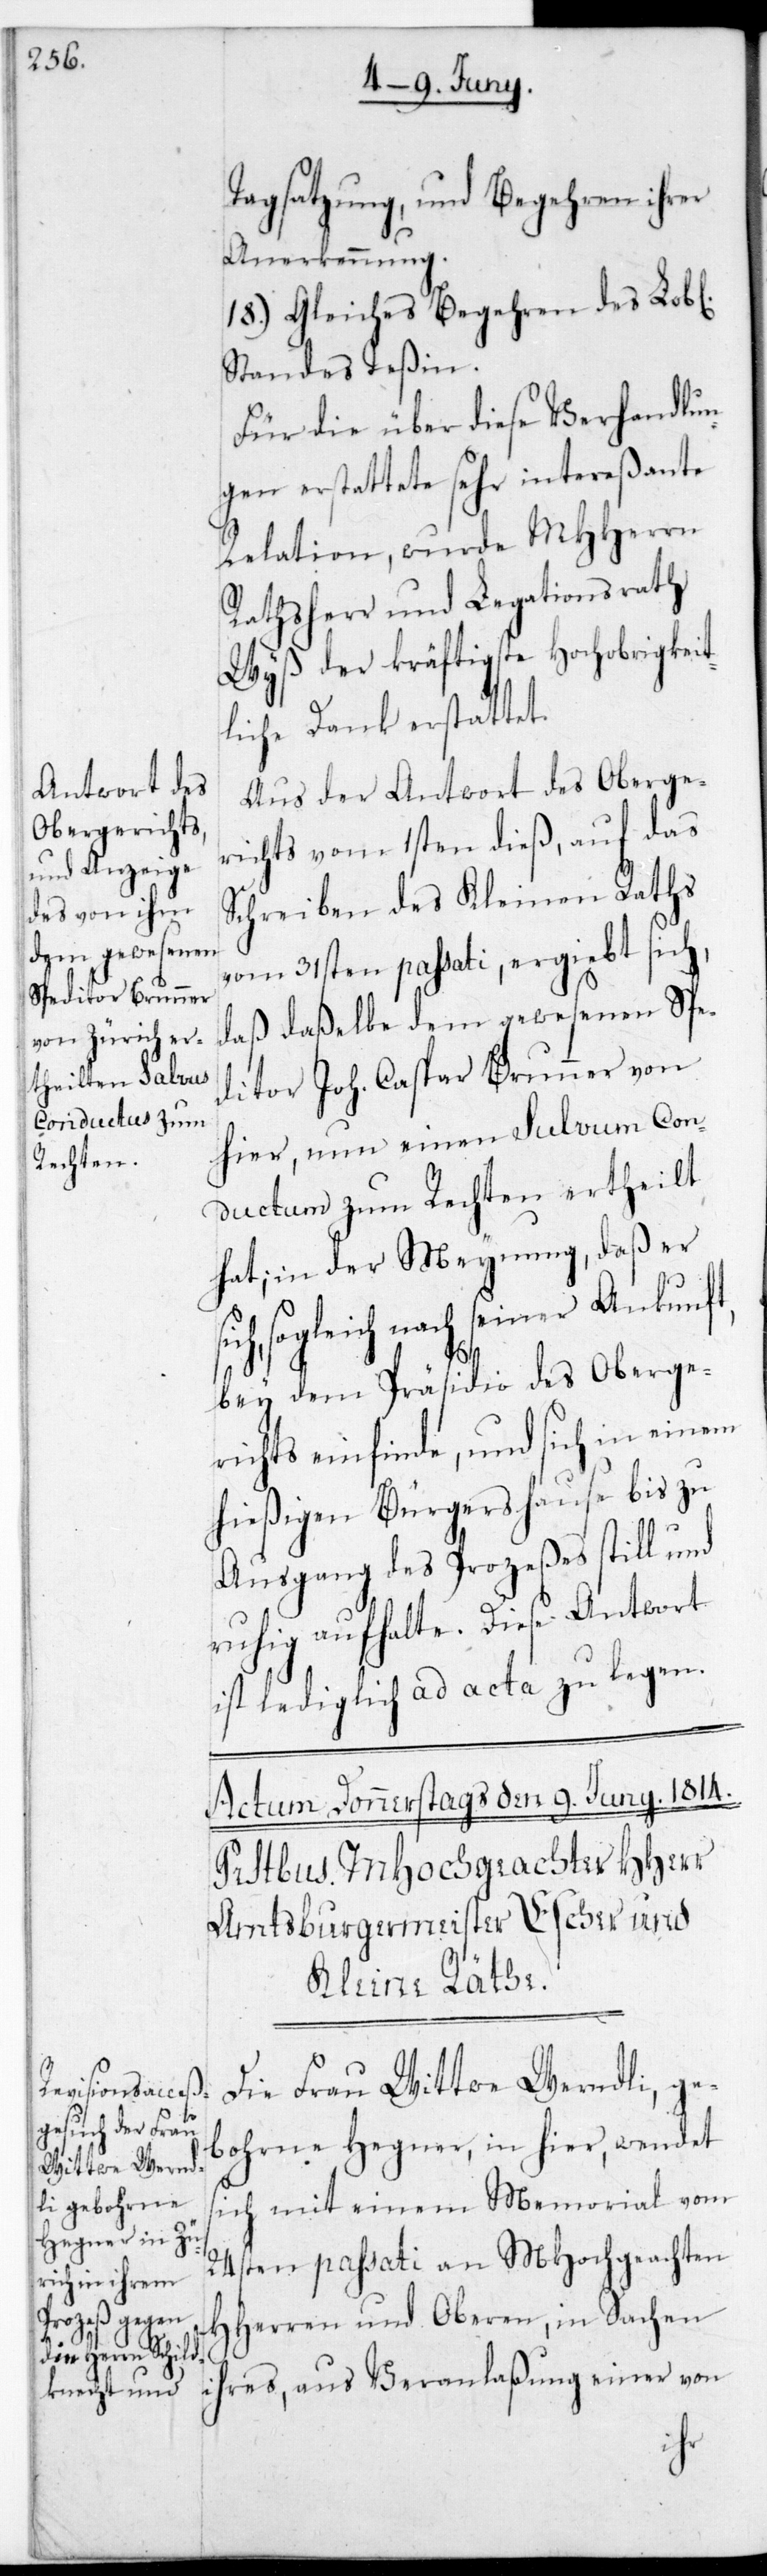
Tagsatzung und Begehren ihrer
Anerkennung.
18.) Gleiches Begehren des L.
Standes Teßin.
Für die über diese Verhandlun¬
gen erstattete sehr intereßante
Relation, wurde MHHerrn
Rathsherr und Legationsrath
Wyß der kräftigste Hochobrigkeit¬
liche Dank erstattet.
Aus der Antwort des Oberge¬
richts vom 1sten dieß, auf das
Schreiben des Kleinen Raths
vom 31sten passati ergibt sich,
daß daßelbe dem gewesenen Spe¬
ditor Joh. Caspar Brunner von
hier, nun einen Salvum Con¬
ductum zum Rechten ertheilt
hat, in der Meynung, daß er
ihres, aus Veranlaßung
bey dem Präsidio des Oberge¬
richts einfinde, und sich in einem
hießigen Bürgershause bis zu
Ausgang des Prozeßes still und
ruhig aufhalte. Diese Antwort
ist lediglich ad acta zu legen.
Die Frau Wittwe Werndli, ge¬
bohrne Hegner in hier, wendet
ich mit einem Memorial vom
24sten passati an MHochgeachten
HHerren und Oberen, in Sachen
von